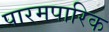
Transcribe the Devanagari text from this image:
पारमपारिक